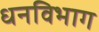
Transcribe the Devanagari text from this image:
धनविभाग